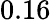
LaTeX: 0.16